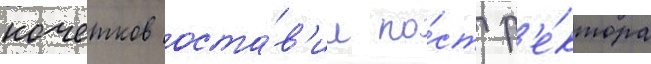
кочетков оста́в'ил по́ст р'е́ктора